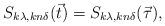
LaTeX: \begin{align*}S_{k\lambda,kn\delta}(\vec{t})=S_{k\lambda,kn\delta}(\vec{\tau}),\end{align*}